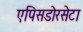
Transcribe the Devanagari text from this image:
एपिसडोरसेटा